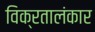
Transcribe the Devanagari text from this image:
विक्रतालंकार